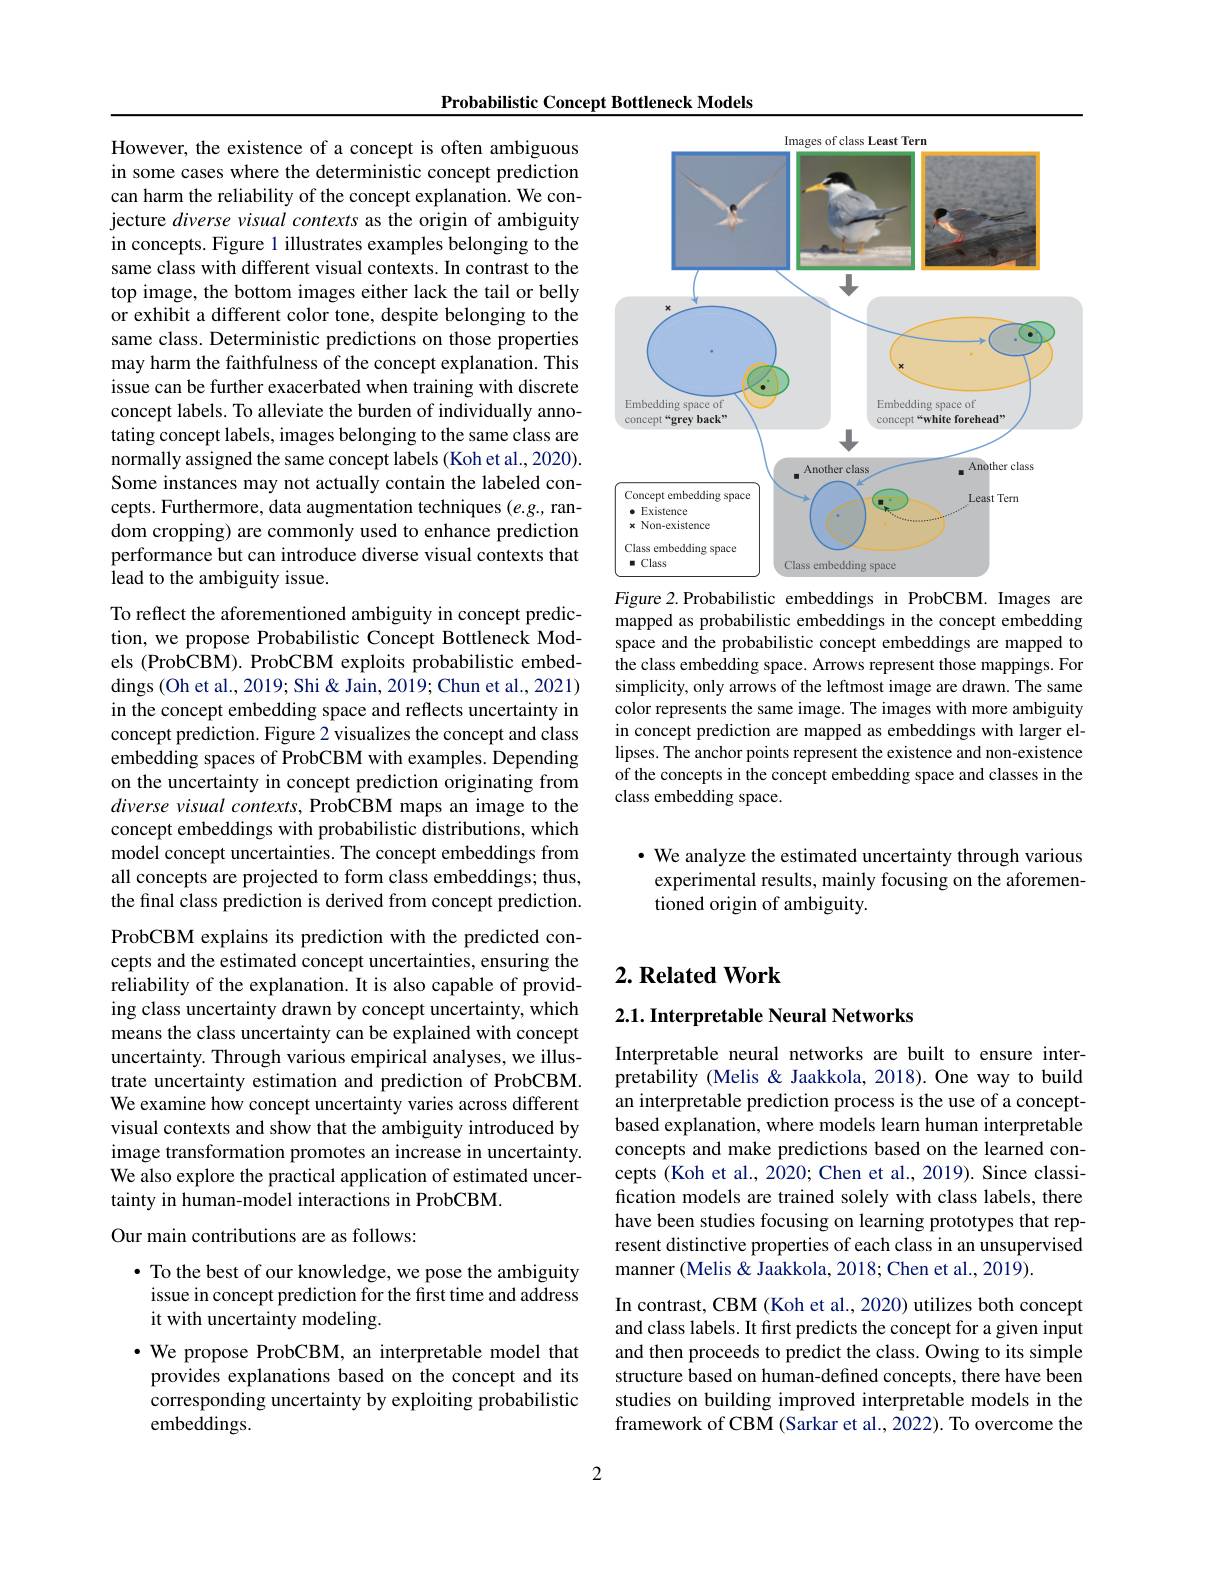
Probabilistic Concept Bottleneck Models

However, the existence of a concept is often ambiguous in some cases where the deterministic concept prediction can harm the reliability of the concept explanation. We conjecture diverse visual contexts as the origin of ambiguity in concepts. Figure 1 illustrates examples belon same class with different visual contexts. In contrast to the top image, the bottom images either lack the tail or belly or exhibit a different color tone, despite belonging to the same class. Deterministic predictions on those properties may harm the faithfulness of the concept explanation. This issue can be further exacerbated when training w concept labels. To alleviate the burden of indiv tating concept labels, images belonging to the same class are normally assigned the same concept labels (Koh et al., 2020). Some instances may not actually contain the labe cepts. Furthermore, data augmentation techniques (e.g., random cropping) are commonly used to enhance prediction performance but can introduce diverse visual contexts that lead to the ambiguity issue.

To reflect the aforementioned ambiguity in concept prediction, we propose Probabilistic Concept Bottleneck Models (ProbCBM). ProbCBM exploits probabilistic embeddings (Oh et al., 2019; Shi & Jain, 2019; Chun et al., 2021) in the concept embedding space and reflects uncertainty in concept prediction. Figure 2 visualizes the concept and class embedding spaces of ProbCBM with examples. Depen on the uncertainty in concept prediction originating from diverse visual contexts, ProbCBM maps an image t concept embeddings with probabilistic distributions, which model concept uncertainties. The concept embeddings from all concepts are projected to form class embeddings; thus, the final class prediction is derived from concept prediction. ProbCBM explains its prediction with the predicted concepts and the estimated concept uncertainties, ensuring the reliability of the explanation. It is also capable of providing class uncertainty drawn by concept uncertain means the class uncertainty can be explained with concept uncertainty. Through various empirical analyses, we illustrate uncertainty estimation and prediction of ProbCBM. We examine how concept uncertainty varies across different visual contexts and show that the ambiguity introduced by image transformation promotes an increase in uncertainty. We also explore the practical application of estimated uncertainty in human-model interactions in ProbCBM.
Our main contributions are as follows:
$\bullet$ To the best of our knowledge, we pose the ambiguity

issue in concept prediction for the first time and address
it with uncertainty modeling
$\cdot$ We propose ProbCBM, an interpretable model that provides explanations based on the concept and its $\hat{\text{corresponding uncertainty by exploiting probabilistic}}$ embeddings.

<FigureHere>
Figure 2.Probabilistic embeddings in ProbCBM. Images are

mapped as probabilistic embeddings in the concept embedding space and the probabilistic concept embeddings are mapped to the class embedding space. Arrows represent those mappings. For simplicity, only arrows of the leftmost image are drawn. The same color represents the same image. The images with in concept prediction are mapped as embeddings w lipses. The anchor points represent the existence and non-existence of the concepts in the concept embedding space and classes in the class embedding space.

$\cdot$ We analyze the estimated uncertainty through various experimental results, mainly focusing on the aforementioned origin of ambiguity.

## $2. \textbf{ Related Work}$

## $2. 1. \textbf{ Interpretable Neural Networks}$

Interpretable neural networks are built to ensure interpretability (Melis & Jaakkola, 2018). One way to build an interpretable prediction process is the use o based explanation, where models learn human inte concepts and make predictions based on the learned concepts (Koh et al., 2020; Chen et al., 2019). Since classification models are trained solely with class labels, there have been studies focusing on learning prototypes that represent distinctive properties of each class in an unsupervised manner (Melis & Jaakkola, 2018; Chen et al., 2019).
In contrast, CBM (Koh et al., 2020) utilizes both concept and class labels. It first predicts the concept for a given input and then proceeds to predict the class. Owing to its simple structure based on human-defined concepts, there studies on building improved interpretable models in the framework of CBM (Sarkar et al., 2022). To overc

2